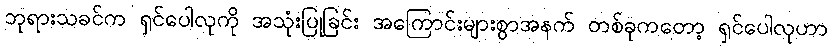
ဘုရားသခင်က ရှင်ပေါလုကို အသုံးပြုခြင်း အကြောင်းများစွာအနက် တစ်ခုကတော့ ရှင်ပေါလုဟာ